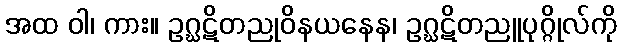
အထ ဝါ၊ ကား။ ဥဂ္ဃဋိတညုဝိနယနေန၊ ဥဂ္ဃဋိတညူပုဂ္ဂိုလ်ကို